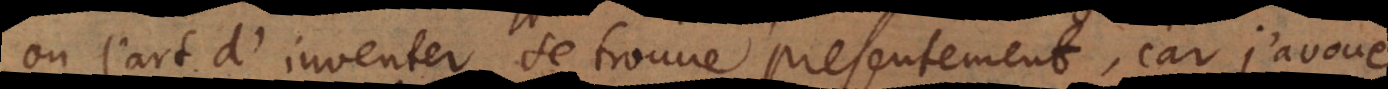
où l’art d’inventer se trouve presentement, car j’avoue